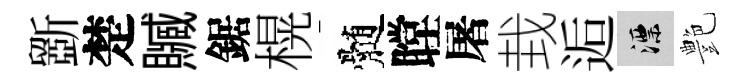
斵楚贓鋸榥髄瞠屠㘽逅漂艶